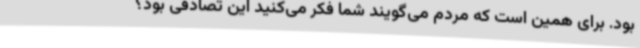
بود. برای همین است که مردم می‌گویند شما فکر می‌کنید این تصادفی بود؟